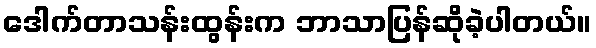
ဒေါက်တာသန်းထွန်းက ဘာသာပြန်ဆိုခဲ့ပါတယ်။